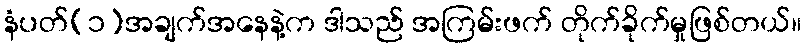
နံပတ်(၁)အချက်အနေနဲ့က ဒါသည် အကြမ်းဖက် တိုက်ခိုက်မှုဖြစ်တယ်။